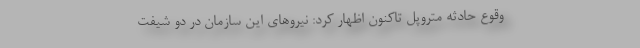
وقوع حادثه متروپل تاکنون اظهار کرد: نیروهای این سازمان در دو شیفت